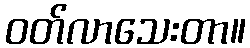
ဝတ်လာသေးတာ။